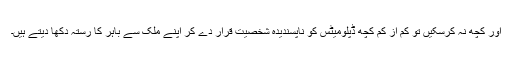
اور کچھ نہ کرسکیں تو کم از کم کچھ ڈپلومیٹس کو ناپسندیدہ شخصیت قرار دے کر اپنے ملک سے باہر کا رستہ دکھا دیتے ہیں۔